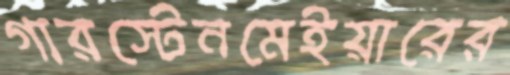
গারস্টেনমেইয়ারের